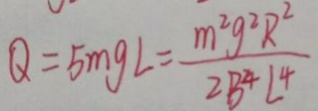
Q = 5 m g L = \frac { m ^ { 2 } g ^ { 2 } R ^ { 2 } } { 2 B ^ { 4 } L ^ { 4 } }